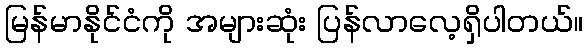
မြန်မာနိုင်ငံကို အများဆုံး ပြန်လာလေ့ရှိပါတယ်။